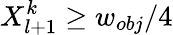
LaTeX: X_{l+1}^{k}\ge w_{obj}/4